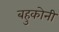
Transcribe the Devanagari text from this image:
बहुकोनी